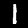
Label: 1